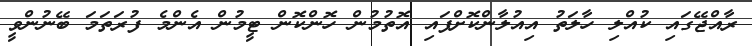
ރާއްޖޭގައި ކުއްލި ހާލަތު އިއުލާންކޮށްފައި އޮތުމުން ހޮންކޮން ޓީމުން އެންމެ ފުރަތަމަ ބޭނުންވީ